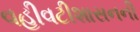
વહીવટીશાસનની